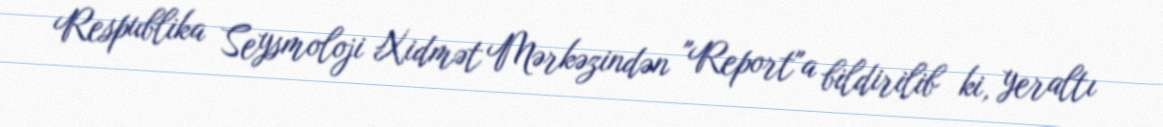
Respublika Seysmoloji Xidmət Mərkəzindən "Report"a bildirilib ki, yeraltı